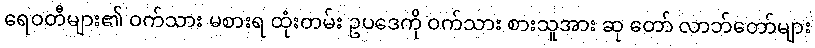
ရေဝတီများ၏ ဝက်သား မစားရ ထုံးတမ်း ဥပဒေကို ဝက်သား စားသူအား ဆု တော် လာဘ်တော်များ